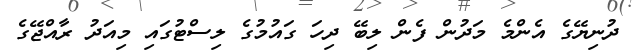
ދުނިޔޭގެ އެންމެ މަދުން ފެން ލިބޭ ދިހަ ގައުމުގެ ލިސްޓުގައި މިއަދު ރާއްޖޭގެ